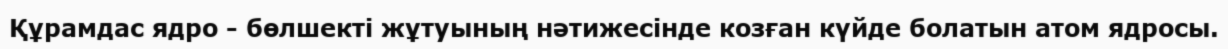
Құрамдас ядро - бөлшекті жұтуының нәтижесінде козған күйде болатын атом ядросы.